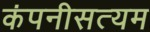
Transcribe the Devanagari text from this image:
कंपनीसत्यम